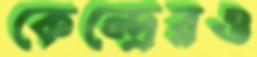
কেন্দ্রেরও